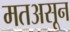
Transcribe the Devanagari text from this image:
मतअसून